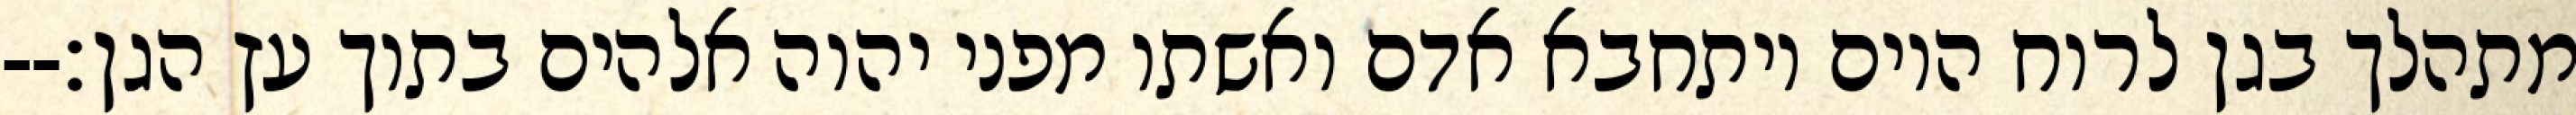
מתהלך בגן לרוח היום ויתחבא אדם ואשתו מפני יהוה אלהים בתוך עץ הגן׃--